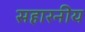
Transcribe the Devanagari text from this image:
सहारनीय